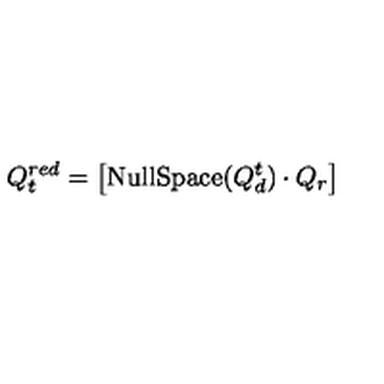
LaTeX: Q _ { t } ^ { r e d } = \left[ { \mathrm { N u l l S p a c e } } ( Q _ { d } ^ { t } ) \cdot Q _ { r } \right]